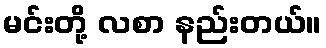
မင်းတို့ လစာ နည်းတယ်။